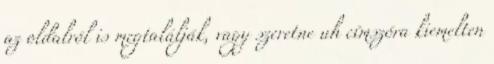
az oldalról is megtalálják, vagy szeretne uh címszóra kiemelten